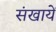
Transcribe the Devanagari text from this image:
संखायें